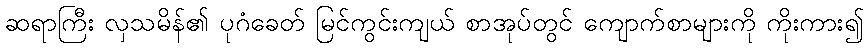
ဆရာကြီး လှသမိန်၏ ပုဂံခေတ် မြင်ကွင်းကျယ် စာအုပ်တွင် ကျောက်စာများကို ကိုးကား၍